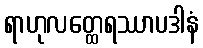
ရာဟုလတ္ထေရဿာပဒါနံ